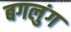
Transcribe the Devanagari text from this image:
बगलुंग